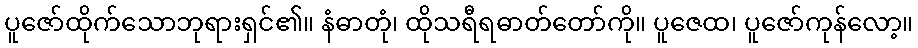
ပူဇော်ထိုက်သောဘုရားရှင်၏။ နံဓာတုံ၊ ထိုသရီရဓာတ်တော်ကို။ ပူဇေထ၊ ပူဇော်ကုန်လော့။